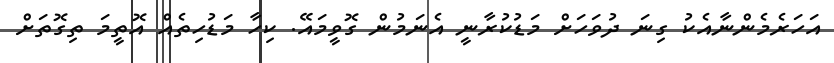
އަހަރެމެންނާއެކު ގިނަ ދުވަހަށް މަޑުކުރާނީ އެނަމުން ގޮވީމައޭ. ކިހާ މަޑުހިތެއް އޮތީމަ ތިގޮތަށް